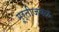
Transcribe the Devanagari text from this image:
मूर्तीजवळ